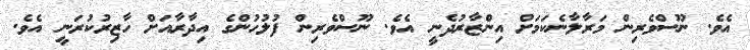
އެވެ. ނޫސްވެރިން މަރާލާނެކަމަށް އިންޒާރުދެނީ އެވެ. ނޫސްވެރިން ފުލުހުންގެ އިދާރާއަށް ހާޒިރުކުރަނީ އެވެ.